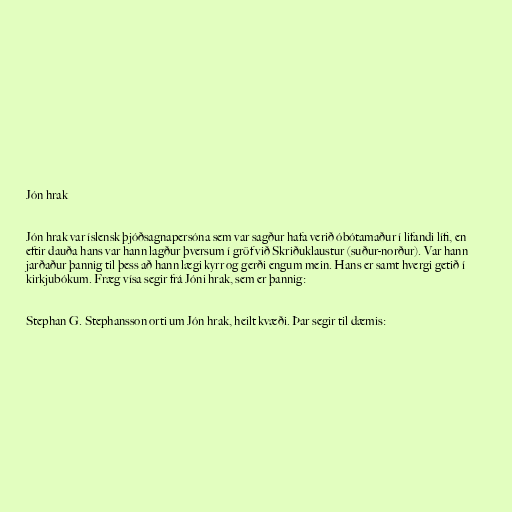
Jón hrak

Jón hrak var íslensk þjóðsagnapersóna sem var sagður hafa verið óbótamaður í lifandi lífi, en
eftir dauða hans var hann lagður þversum í gröf við Skriðuklaustur (suður-norður). Var hann
jarðaður þannig til þess að hann lægi kyrr og gerði engum mein. Hans er samt hvergi getið í
kirkjubókum. Fræg vísa segir frá Jóni hrak, sem er þannig:

Stephan G. Stephansson orti um Jón hrak, heilt kvæði. Þar segir til dæmis: